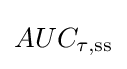
AUC_{\tau ,{\text{ss}}}